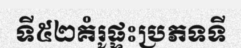
ទី៥២គំរូផ្ទះប្រភទទី